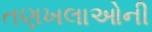
તણખલાઓની